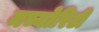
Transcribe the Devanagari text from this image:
मच्योरिटी